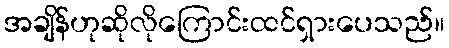
အချိန်ဟုဆိုလိုကြောင်းထင်ရှားပေသည်။